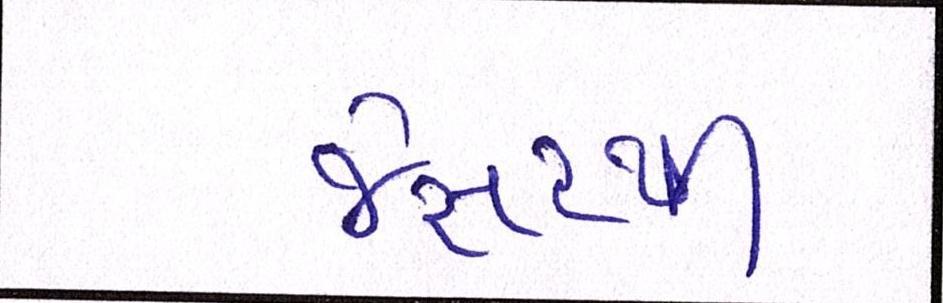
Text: જેસરથી